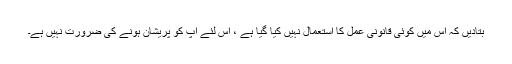
بتادیں کہ اس میں کوئی قانونی عمل کا استعمال نہیں کیا گیا ہے ، اس لئے آپ کو پریشان ہونے کی ضرورت نہیں ہے۔